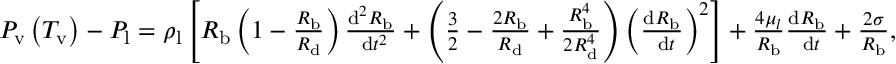
\begin{array} { r } { P _ { \mathrm { v } } \left( T _ { \mathrm { v } } \right) - P _ { \mathrm { l } } = \rho _ { \mathrm { l } } \left[ R _ { \mathrm { b } } \left( 1 - \frac { R _ { \mathrm { b } } } { R _ { \mathrm { d } } } \right) \frac { \mathrm { d } ^ { 2 } R _ { \mathrm { b } } } { \mathrm { ~ d } t ^ { 2 } } + \left( \frac { 3 } { 2 } - \frac { 2 R _ { \mathrm { b } } } { R _ { \mathrm { d } } } + \frac { R _ { \mathrm { b } } ^ { 4 } } { 2 R _ { \mathrm { d } } ^ { 4 } } \right) \left( \frac { \mathrm { d } R _ { \mathrm { b } } } { \mathrm { ~ d } t } \right) ^ { 2 } \right] + \frac { 4 \mu _ { l } } { R _ { \mathrm { b } } } \frac { \mathrm { d } R _ { \mathrm { b } } } { \mathrm { ~ d } t } + \frac { 2 \sigma } { R _ { \mathrm { b } } } , } \end{array}